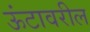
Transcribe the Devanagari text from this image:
ऊंटावरील